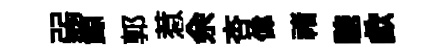
弱鯨郭惹余杏偉禇驄歔